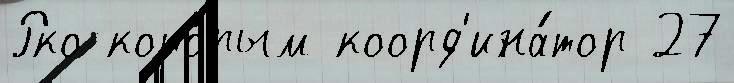
Рко кото́рым коорд'ина́тор 27